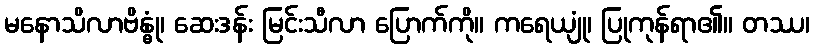
မနောသိလာဗိန္ဓုံ၊ ဆေးဒန်း မြင်းသီလာ ပြောက်ကို။ ကရေယျုံ၊ ပြုကုန်ရာ၏။ တဿ၊